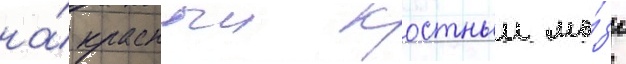
на́ красныи костныи мо́зг